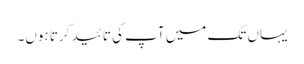
یہاں تک میں آپ کی تائید کرتا ہوں۔